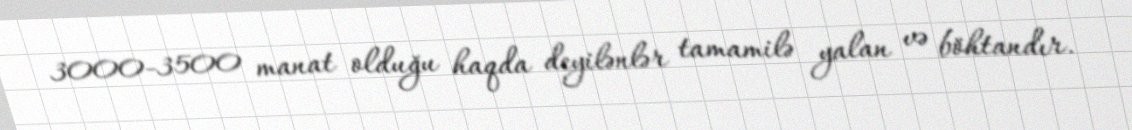
3000-3500 manat olduğu haqda deyilənlər tamamilə yalan və böhtandır.